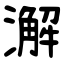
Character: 澥